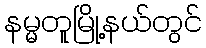
နမ္မတူမြို့နယ်တွင်